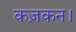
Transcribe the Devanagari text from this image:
कज़कन।